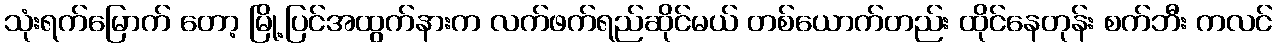
သုံးရက်မြောက် တော့ မြို့ပြင်အထွက်နားက လက်ဖက်ရည်ဆိုင်မယ် တစ်ယောက်တည်း ထိုင်နေတုန်း စက်ဘီး ကလင်